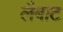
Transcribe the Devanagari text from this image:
लैबाट